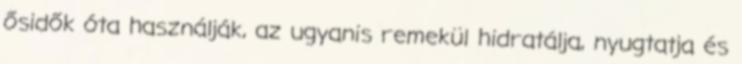
ősidők óta használják, az ugyanis remekül hidratálja, nyugtatja és